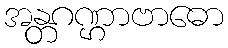
အန္တဂဏ္ဌာဗာဓော